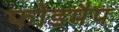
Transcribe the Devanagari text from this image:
फोडमैप